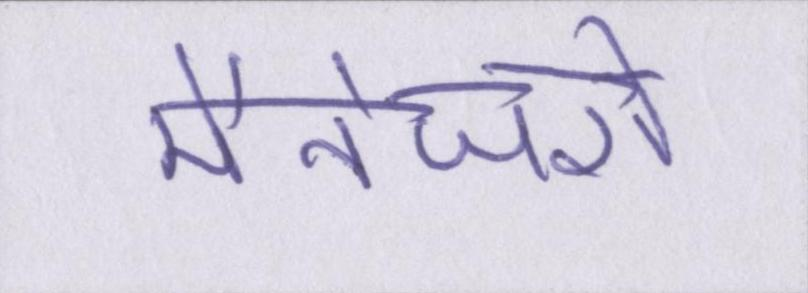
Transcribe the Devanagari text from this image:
मैनेजरों